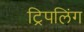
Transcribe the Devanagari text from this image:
ट्रिपलिंग